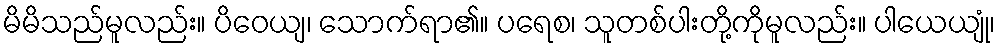
မိမိသည်မူလည်း။ ပိဝေယျ၊ သောက်ရာ၏။ ပရေစ၊ သူတစ်ပါးတို့ကိုမူလည်း။ ပါယေယျုံ၊